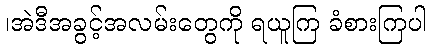
၊အဲဒီအခွင့်အလမ်းတွေကို ရယူကြ ခံစားကြပါ